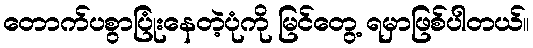
တောက်ပစွာပြုံးနေတဲ့ပုံကို မြင်တွေ့ ရမှာဖြစ်ပါတယ်။